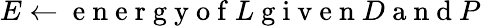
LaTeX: E\gets\mathrm{~e~n~e~r~g~y~o~f~}L\mathrm{~g~i~v~e~n~}D\mathrm{~a~n~d~}P